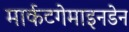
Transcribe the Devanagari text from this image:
मार्कटगेमाइनडेन